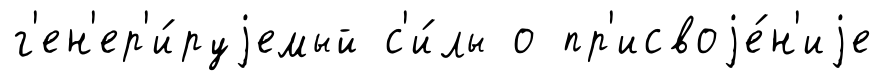
г'ен'ер'и́руjемый с'и́лы о пр'исвоjе́н'иjе